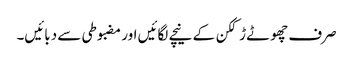
صرف چھوٹے ڑککن کے نیچے لگائیں اور مضبوطی سے دبائیں۔